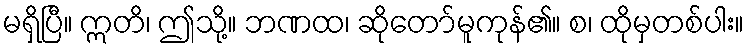
မရှိပြီ။ ဣတိ၊ ဤသို့။ ဘဏထ၊ ဆိုတော်မူကုန်၏။ စ၊ ထိုမှတစ်ပါး။